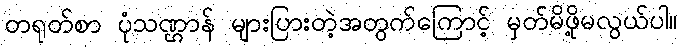
တရုတ်စာ ပုံသဏ္ဌာန် များပြားတဲ့အတွက်ကြောင့် မှတ်မိဖို့မလွယ်ပါ။